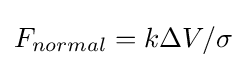
F_{normal}=k\Delta V/\sigma